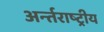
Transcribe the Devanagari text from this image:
अर्न्‍तराष्‍ट्रीय